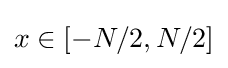
x\in [-N/2,N/2]